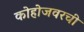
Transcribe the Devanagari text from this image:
कोहोजवरची